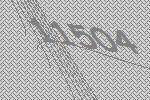
11504